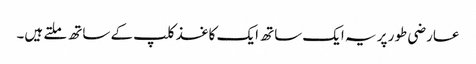
عارضی طور پر یہ ایک ساتھ ایک کاغذ کلپ کے ساتھ ملتے ہیں۔